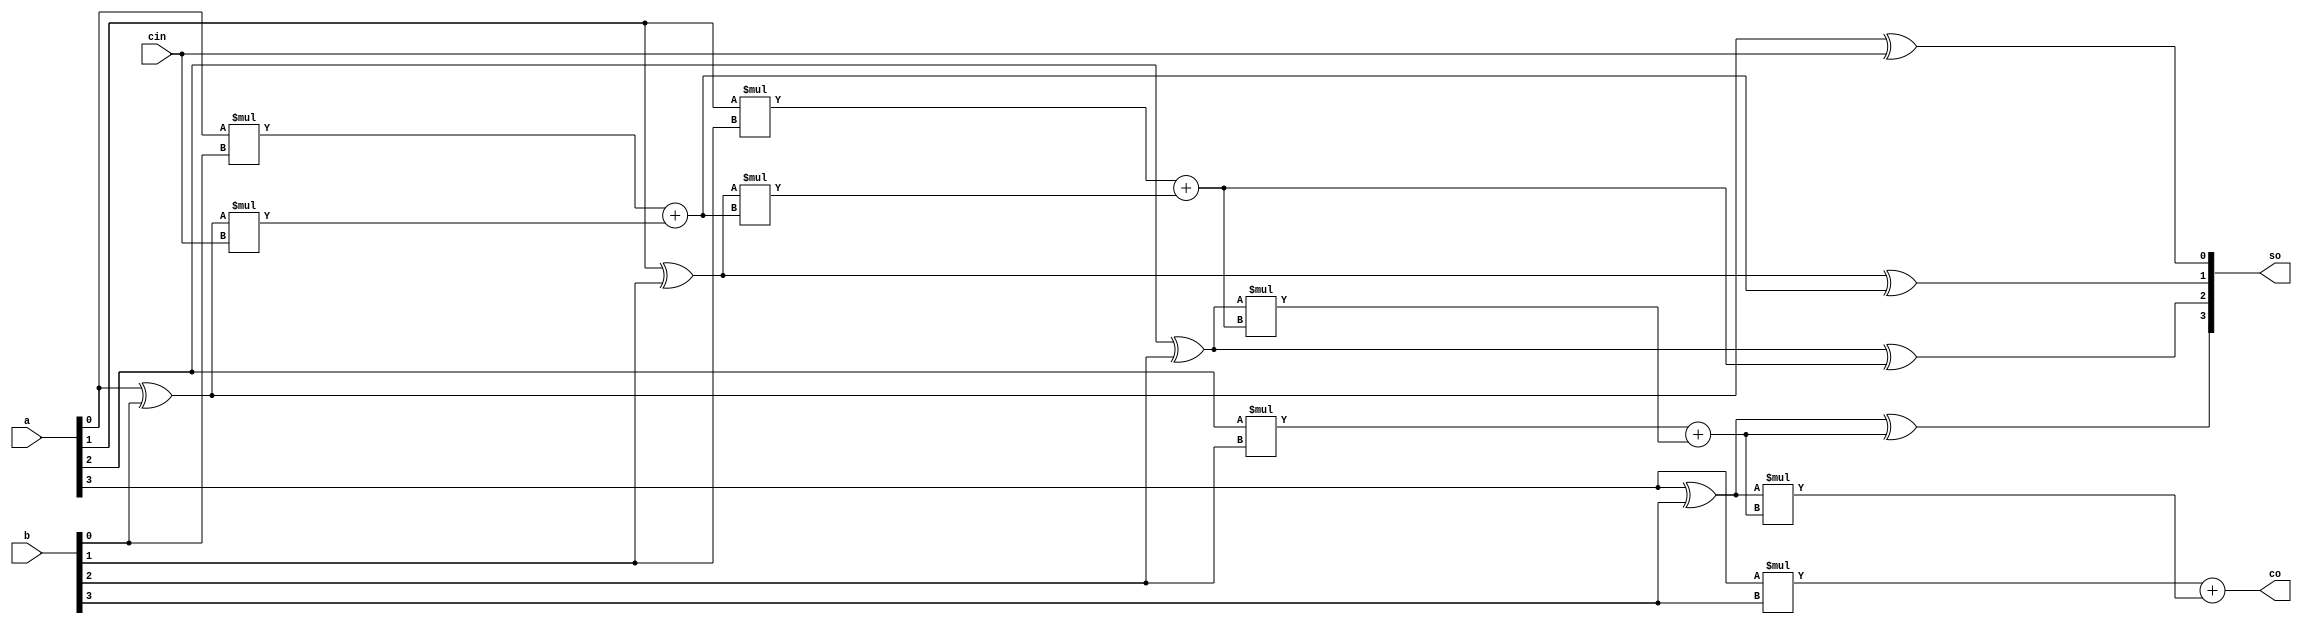
`timescale 10ns/1ns

module cla(so,co,a,b,cin); // mostly every line except "endmoule" will end with semi-colon
   input[3:0] a,b;
   input cin;
   output reg[3:0] so;
   output reg co;
   
   wire [3:0] co_temp; // wires that will be continuosly driven with the values of output carry of each stage
   wire [3:0] so_temp;  // wires that will be continuosly driven with the values of output sum of each stage
   
   assign co_temp[0] = (a[0]*b[0]) + ((a[0]^b[0])*cin);
   assign so_temp[0]  = (a[0] ^ b[0] ^ cin);
   
   assign co_temp[1]  = (a[1]*b[1]) + ((a[1]^b[1])*co_temp[0]);
   assign so_temp[1]  = (a[1] ^ b[1] ^ co_temp[0]);
   
   assign co_temp[2]  = (a[2]*b[2]) + ((a[2]^b[2])*co_temp[1]);
   assign so_temp[2]  = (a[2] ^ b[2] ^ co_temp[1]);
   
   assign co_temp[3]   = (a[3]*b[3]) + ((a[3]^b[3])*co_temp[2]);
   assign so_temp[3]   = (a[3] ^ b[3] ^ co_temp[2]);
   
   always@(*)
      begin
	 so[3:0] <= so_temp[3:0] ;
	 co      <= co_temp[3];   
      end
endmodule